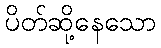
ပိတ်ဆို့နေသော